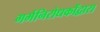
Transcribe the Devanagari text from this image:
गर्भनिरोधकोंद्वारा